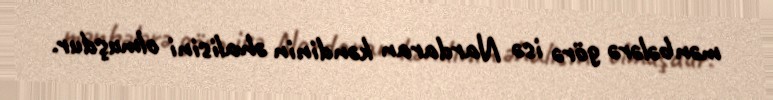
mənbələrə görə isə Nardaran kəndinin əhalisini olmuşdur.